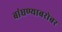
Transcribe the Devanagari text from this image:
बांधण्याबरोबर